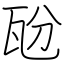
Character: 瓰